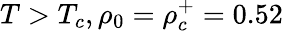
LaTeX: T>T_{c},\rho_{0}=\rho_{c}^{+}=0.52